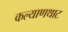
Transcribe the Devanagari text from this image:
कल्याणथाट